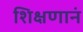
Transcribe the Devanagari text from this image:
शिक्षणानं